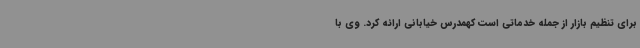
برای تنظیم بازار از جمله خدماتی است کهمدرس خیابانی ارائه کرد. وی با